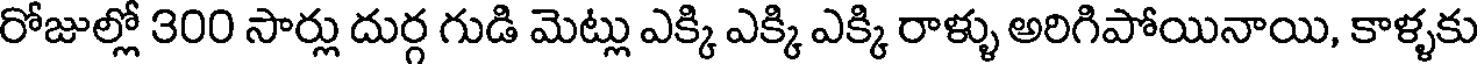
రోజుల్లో 300 సార్లు దుర్గ గుడి మెట్లు ఎక్కి ఎక్కి ఎక్కి రాళ్ళు అరిగిపోయినాయి, కాళ్ళకు